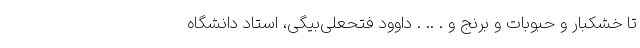
تا خشکبار و حبوبات و برنج و . .. . داوود فتحعلی‌بیگی، استاد دانشگاه